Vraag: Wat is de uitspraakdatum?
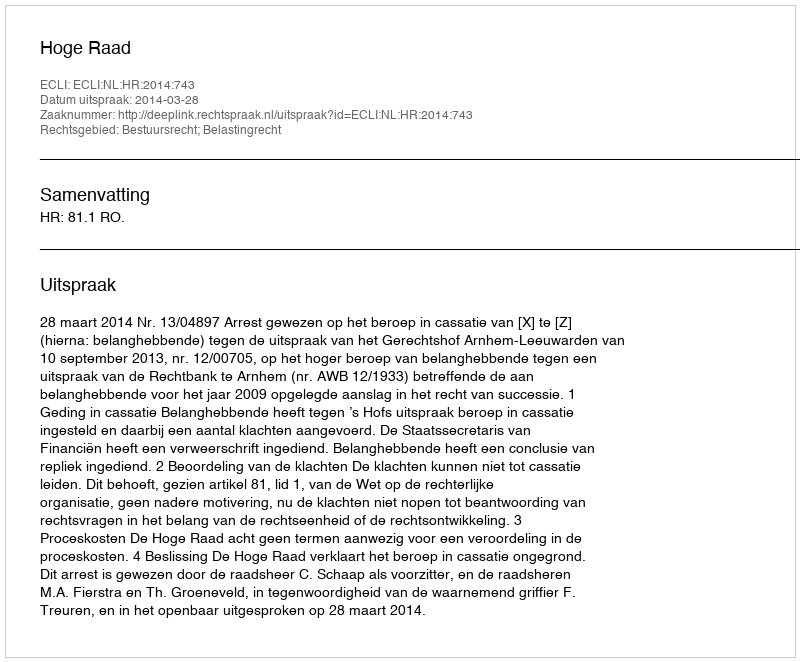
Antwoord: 2014-03-28